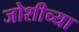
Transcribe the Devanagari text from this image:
जोशीच्या